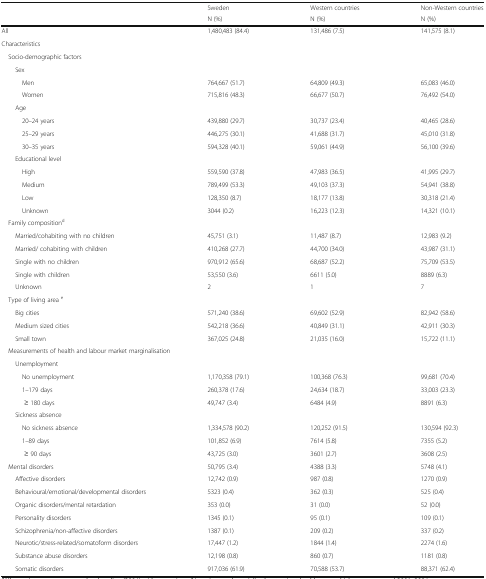
<table><thead><tr><td rowspan="2"></td><td><b>Sweden</b></td><td><b>Western countries</b></td><td><b>Non-Western countries</b></td></tr><tr><td><b>N (%)</b></td><td><b>N (%)</b></td><td><b>N (%)</b></td></tr></thead><tbody><tr><td>All</td><td>1,480,483 (84.4)</td><td>131,486 (7.5)</td><td>141,575 (8.1)</td></tr><tr><td colspan="4">Characteristics</td></tr><tr><td colspan="4"> Socio-demographic factors</td></tr><tr><td colspan="4">Sex</td></tr><tr><td>Men</td><td>764,667 (51.7)</td><td>64,809 (49.3)</td><td>65,083 (46.0)</td></tr><tr><td>Women</td><td>715,816 (48.3)</td><td>66,677 (50.7)</td><td>76,492 (54.0)</td></tr><tr><td colspan="4">Age</td></tr><tr><td>20–24 years</td><td>439,880 (29.7)</td><td>30,737 (23.4)</td><td>40,465 (28.6)</td></tr><tr><td>25–29 years</td><td>446,275 (30.1)</td><td>41,688 (31.7)</td><td>45,010 (31.8)</td></tr><tr><td>30–35 years</td><td>594,328 (40.1)</td><td>59,061 (44.9)</td><td>56,100 (39.6)</td></tr><tr><td colspan="4">Educational level</td></tr><tr><td>High</td><td>559,590 (37.8)</td><td>47,983 (36.5)</td><td>41,995 (29.7)</td></tr><tr><td>Medium</td><td>789,499 (53.3)</td><td>49,103 (37.3)</td><td>54,941 (38.8)</td></tr><tr><td>Low</td><td>128,350 (8.7)</td><td>18,177 (13.8)</td><td>30,318 (21.4)</td></tr><tr><td>Unknown</td><td>3044 (0.2)</td><td>16,223 (12.3)</td><td>14,321 (10.1)</td></tr><tr><td colspan="4"> Family composition<sup>d</sup></td></tr><tr><td>Married/cohabiting with no children</td><td>45,751 (3.1)</td><td>11,487 (8.7)</td><td>12,983 (9.2)</td></tr><tr><td>Married/ cohabiting with children</td><td>410,268 (27.7)</td><td>44,700 (34.0)</td><td>43,987 (31.1)</td></tr><tr><td>Single with no children</td><td>970,912 (65.6)</td><td>68,687 (52.2)</td><td>75,709 (53.5)</td></tr><tr><td>Single with children</td><td>53,550 (3.6)</td><td>6611 (5.0)</td><td>8889 (6.3)</td></tr><tr><td>Unknown</td><td>2</td><td>1</td><td>7</td></tr><tr><td colspan="4"> Type of living area <sup>e</sup></td></tr><tr><td>Big cities</td><td>571,240 (38.6)</td><td>69,602 (52.9)</td><td>82,942 (58.6)</td></tr><tr><td>Medium sized cities</td><td>542,218 (36.6)</td><td>40,849 (31.1)</td><td>42,911 (30.3)</td></tr><tr><td>Small town</td><td>367,025 (24.8)</td><td>21,035 (16.0)</td><td>15,722 (11.1)</td></tr><tr><td colspan="2"> Measurements of health and labour market marginalisation</td><td></td><td></td></tr><tr><td colspan="4">Unemployment</td></tr><tr><td>No unemployment</td><td>1,170,358 (79.1)</td><td>100,368 (76.3)</td><td>99,681 (70.4)</td></tr><tr><td>1–179 days</td><td>260,378 (17.6)</td><td>24,634 (18.7)</td><td>33,003 (23.3)</td></tr><tr><td>≥ 180 days</td><td>49,747 (3.4)</td><td>6484 (4.9)</td><td>8891 (6.3)</td></tr><tr><td colspan="4">Sickness absence</td></tr><tr><td>No sickness absence</td><td>1,334,578 (90.2)</td><td>120,252 (91.5)</td><td>130,594 (92.3)</td></tr><tr><td>1–89 days</td><td>101,852 (6.9)</td><td>7614 (5.8)</td><td>7355 (5.2)</td></tr><tr><td>≥ 90 days</td><td>43,725 (3.0)</td><td>3601 (2.7)</td><td>3608 (2.5)</td></tr><tr><td> Mental disorders</td><td>50,795 (3.4)</td><td>4388 (3.3)</td><td>5748 (4.1)</td></tr><tr><td>Affective disorders</td><td>12,742 (0.9)</td><td>987 (0.8)</td><td>1270 (0.9)</td></tr><tr><td>Behavioural/emotional/developmental disorders</td><td>5323 (0.4)</td><td>362 (0.3)</td><td>525 (0.4)</td></tr><tr><td>Organic disorders/mental retardation</td><td>353 (0.0)</td><td>31 (0.0)</td><td>52 (0.0)</td></tr><tr><td>Personality disorders</td><td>1345 (0.1)</td><td>95 (0.1)</td><td>109 (0.1)</td></tr><tr><td>Schizophrenia/non-affective disorders</td><td>1387 (0.1)</td><td>209 (0.2)</td><td>337 (0.2)</td></tr><tr><td>Neurotic/stress-related/somatoform disorders</td><td>17,447 (1.2)</td><td>1844 (1.4)</td><td>2274 (1.6)</td></tr><tr><td>Substance abuse disorders</td><td>12,198 (0.8)</td><td>860 (0.7)</td><td>1181 (0.8)</td></tr><tr><td>Somatic disorders</td><td>917,036 (61.9)</td><td>70,588 (53.7)</td><td>88,371 (62.4)</td></tr></tbody></table>